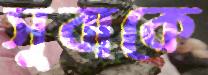
সুবাকে